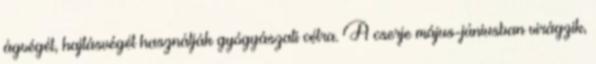
ágvégét, hajtásvégét használják gyógyászati célra. A cserje május-júniusban virágzik,